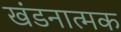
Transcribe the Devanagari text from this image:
खंडनात्मक